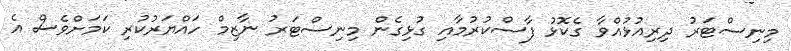
މިނިސްޓަރު ދިރިއުޅުއްވާ ގެކޮޅު ފާސްކުރުމާއި ގުޅިގެން މިނިސްޓަރު ނާޒިމް ހައްޔަރުކުރި ކަމަށްވެސް އެ